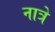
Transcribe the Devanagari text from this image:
नात्रे